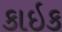
કાઇક